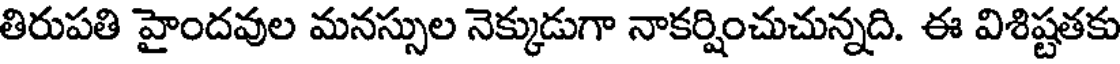
తిరుపతి హైందవుల మనస్సుల నెక్కుడుగా నాకర్షించుచున్నది. ఈ విశిష్టతకు